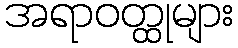
အရာဝတ္ထုများ